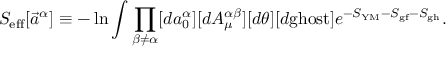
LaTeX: S _ { \mathrm { e f f } } [ \vec { a } ^ { \alpha } ] \equiv - \ln \int \prod _ { \beta \neq \alpha } [ d a _ { 0 } ^ { \alpha } ] [ d A _ { \mu } ^ { \alpha \beta } ] [ d \theta ] [ d \mathrm { g h o s t } ] e ^ { - S _ { \mathrm { Y M } } - S _ { \mathrm { g f } } - S _ { \mathrm { g h } } } .